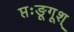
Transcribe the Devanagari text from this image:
प्तःङूगूश्